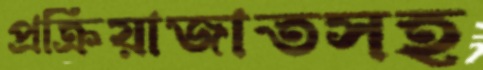
প্রক্রিয়াজাতসহ